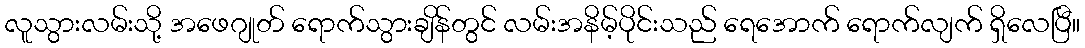
လူသွားလမ်းသို့ အဖေဂျုတ် ရောက်သွားချိန်တွင် လမ်းအနိမ့်ပိုင်းသည် ရေအောက် ရောက်လျက် ရှိလေပြီ။